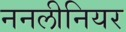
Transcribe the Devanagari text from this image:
ननलीनियर